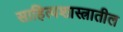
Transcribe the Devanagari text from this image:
साहित्यशास्त्रातील